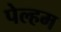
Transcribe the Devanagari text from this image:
पेल्हम